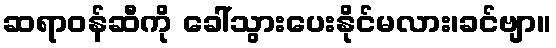
ဆရာဝန်ဆီကို ခေါ်သွားပေးနိုင်မလား၊ခင်ဗျာ။